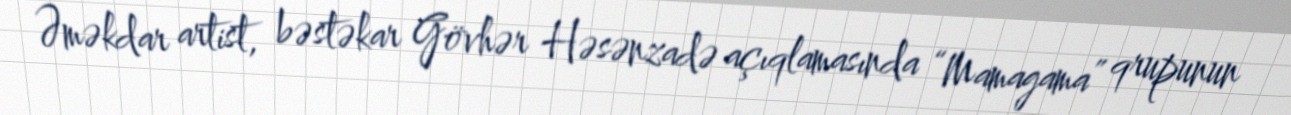
Əməkdar artist, bəstəkar Gövhər Həsənzadə açıqlamasında “Mamagama” qrupunun